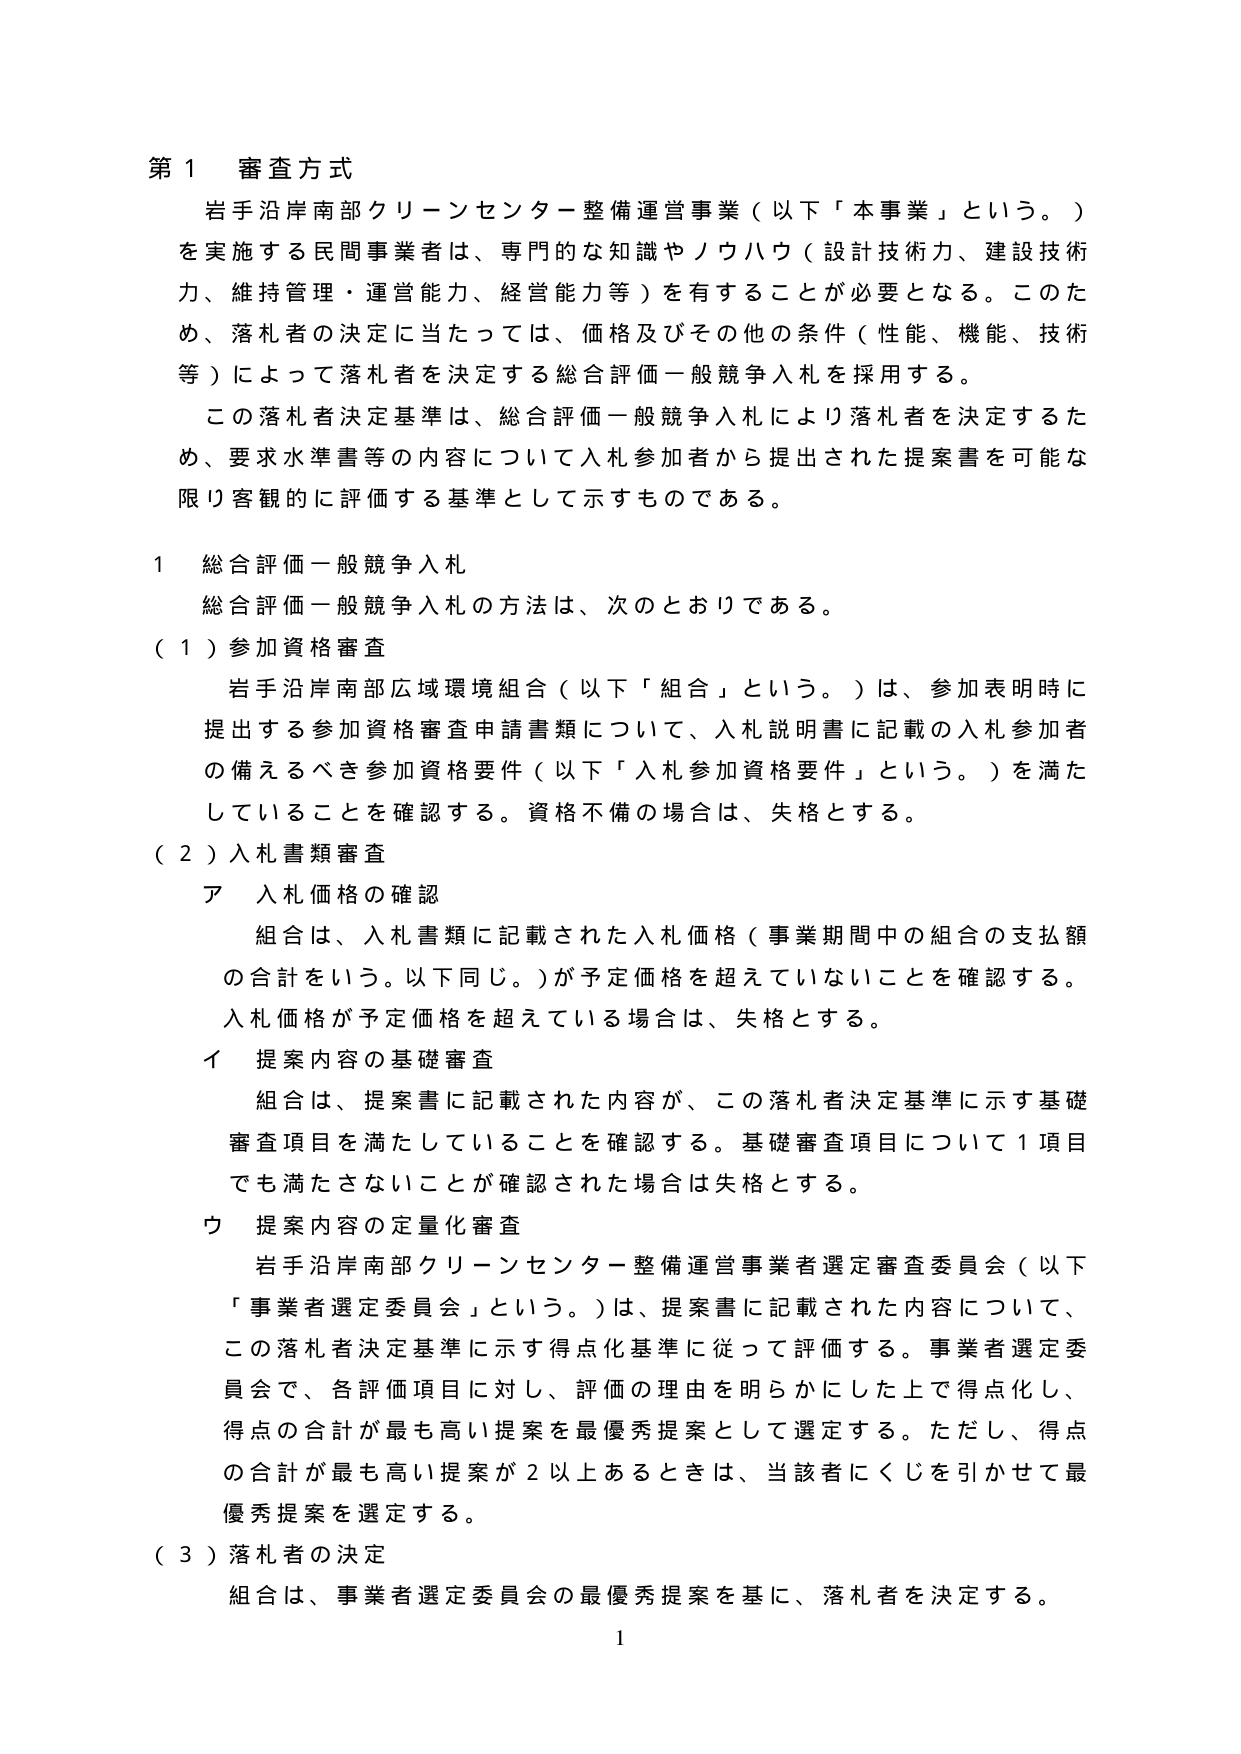
第１ 審査方式
岩手沿岸南部クリーンセンター整備運営事業（以下「本事業」という。）
を実施する民間事業者は、専門的な知識やノウハウ（設計技術力、建設技術
力、維持管理・運営能力、経営能力等）を有することが必要となる。このた
め、落札者の決定に当たっては、価格及びその他の条件（性能、機能、技術
等）によって落札者を決定する総合評価一般競争入札を採用する。
この落札者決定基準は、総合評価一般競争入札により落札者を決定するた
め、要求水準書等の内容について入札参加者から提出された提案書を可能な
限り客観的に評価する基準として示すものである。

１ 総合評価一般競争入札
総合評価一般競争入札の方法は、次のとおりである。
（１）参加資格審査
岩手沿岸南部広域環境組合（以下「組合」という。）は、参加表明時に
提出する参加資格審査申請書類について、入札説明書に記載の入札参加者
の備えるべき参加資格要件（以下「入札参加資格要件」という。）を満た
していることを確認する。資格不備の場合は、失格とする。
（２）入札書類審査
ア 入札価格の確認
組合は、入札書類に記載された入札価格（事業期間中の組合の支払額
の合計をいう。以下同じ。）が予定価格を超えていないことを確認する。
入札価格が予定価格を超えている場合は、失格とする。
イ 提案内容の基礎審査
組合は、提案書に記載された内容が、この落札者決定基準に示す基礎
審査項目を満たしていることを確認する。基礎審査項目について１項目
でも満たさないことが確認された場合は失格とする。
ウ 提案内容の定量化審査
岩手沿岸南部クリーンセンター整備運営事業者選定審査委員会（以下
「事業者選定委員会」という。）は、提案書に記載された内容について、
この落札者決定基準に示す得点化基準に従って評価する。事業者選定委
員会で、各評価項目に対し、評価の理由を明らかにした上で得点化し、
得点の合計が最も高い提案を最優秀提案として選定する。ただし、得点
の合計が最も高い提案が２以上あるときは、当該者にくじを引かせて最
優秀提案を選定する。
（３）落札者の決定
組合は、事業者選定委員会の最優秀提案を基に、落札者を決定する。
1